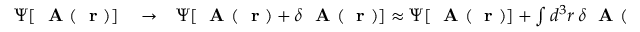
\begin{array} { r l r } { \Psi [ \mathrm { ~ \bf ~ A ~ } ( \mathrm { ~ \bf ~ r ~ } ) ] } & { { } \to } & { \Psi [ \mathrm { ~ \bf ~ A ~ } ( \mathrm { ~ \bf ~ r ~ } ) + \delta \mathrm { ~ \bf ~ A ~ } ( \mathrm { ~ \bf ~ r ~ } ) ] \approx \Psi [ \mathrm { ~ \bf ~ A ~ } ( \mathrm { ~ \bf ~ r ~ } ) ] + \int d ^ { 3 } r \, \delta \mathrm { ~ \bf ~ A ~ } ( \mathrm { ~ \bf ~ r ~ } ) \cdot \frac { \delta \Psi [ \mathrm { ~ \bf ~ A ~ } ( \mathrm { ~ \bf ~ r ~ } ) ] } { \delta \mathrm { ~ \bf ~ A ~ } ( \mathrm { ~ \bf ~ r ~ } ) } = } \end{array}